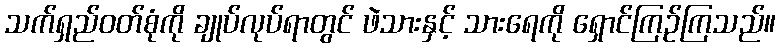
သက်ရှည်ဝတ်စုံကို ချုပ်လုပ်ရာတွင် ဖဲသားနှင့် သားရေကို ရှောင်ကြဉ်ကြသည်။